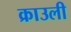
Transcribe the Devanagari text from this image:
क्राउली